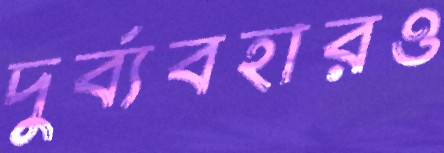
দুর্ব্যবহারও